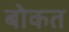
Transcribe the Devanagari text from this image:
बोकत